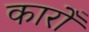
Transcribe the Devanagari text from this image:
कारोँ